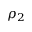
\rho _ { 2 }